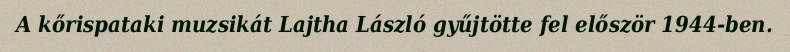
A kőrispataki muzsikát Lajtha László gyűjtötte fel először 1944-ben.